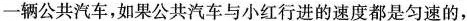
一辆公共汽车，如果公共汽车与小红行进的速度都是匀速的，